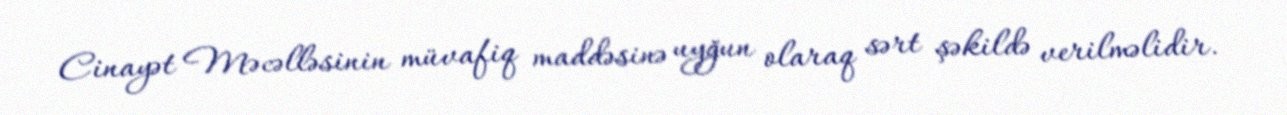
Cinayət Məcəlləsinin müvafiq maddəsinə uyğun olaraq sərt şəkildə verilməlidir.